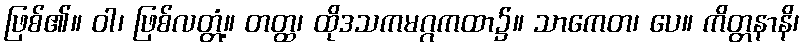
ဖြစ်၏။ ဝါ၊ ဖြစ်လတ္တံ့။ တတ္ထ၊ ထိုဒသကမဂ္ဂကထာ၌။ သာကေတ၊ ပေ။ ကိတ္တနာနိ၊